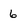
Character: 6